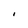
Character: I